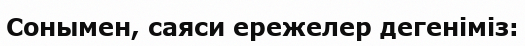
Сонымен, саяси ережелер дегеніміз: